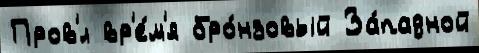
Пров'́л вр'е́м'я бро́нзовый За́падной